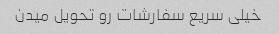
خیلی سریع سفارشات رو تحویل میدن